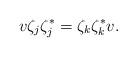
LaTeX: \begin{align*} v\zeta_j\zeta_j^*= \zeta_k\zeta_k^* v.\end{align*}